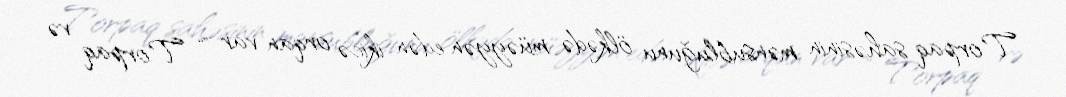
Torpaq sahəsinin mənsubluğunu ölkədə müəyyən edən ikicə orqan var ”“ Torpaq və